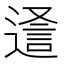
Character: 𮞵